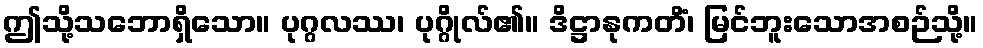
ဤသို့သဘောရှိသော။ ပုဂ္ဂလဿ၊ ပုဂ္ဂိုလ်၏။ ဒိဋ္ဌာနုကတိံ၊ မြင်ဘူးသောအစဉ်သို့။